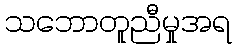
သဘောတူညီမှုအရ